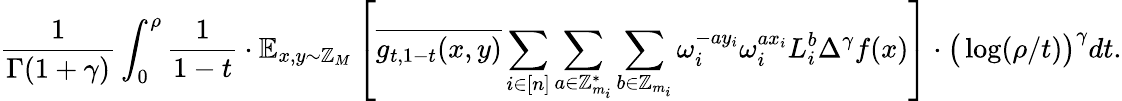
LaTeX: \frac{1}{\Gamma(1+\gamma)}\int_{0}^{\rho}\frac{1}{1-t}\cdot\mathbb{E}_{x,y\sim\mathbb{Z}_{M}}\left[\overline{{g_{t,1-t}(x,y)}}\sum_{i\in[n]}\sum_{a\in\mathbb{Z}_{m_{i}}^{*}}\sum_{b\in\mathbb{Z}_{m_{i}}}\omega_{i}^{-ay_{i}}\omega_{i}^{ax_{i}}L_{i}^{b}\Delta^{\gamma}f(x)\right]\cdot\big(\log(\rho/t)\big)^{\gamma}dt.